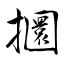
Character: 攌